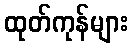
ထုတ်ကုန်များ